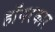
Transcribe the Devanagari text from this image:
हॉवरकार